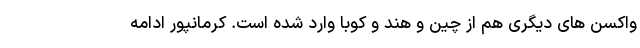
واکسن های دیگری هم از چین و هند و کوبا وارد شده است. کرمانپور ادامه